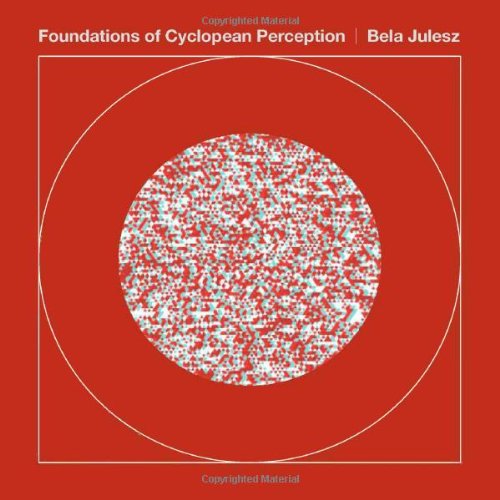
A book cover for Foundations of Cyclopean Perception; Bela Julesz; Health, Fitness & Dieting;